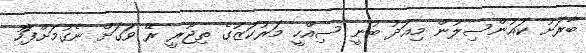
ބާރަށު ކައުންސިލުން މިއަދު ބުނީ ސިއްހީ މަރުކަޒުގެ ތިޖޫރީ ރޭ ވަގަށް ނެގުމަށްފަހު